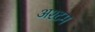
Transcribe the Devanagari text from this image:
अश्टम